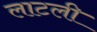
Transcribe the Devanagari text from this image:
लाटली